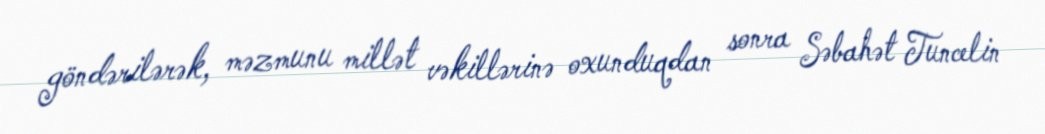
göndərilərək, məzmunu millət vəkillərinə oxunduqdan sonra Səbahət Tuncelin